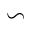
\backsim